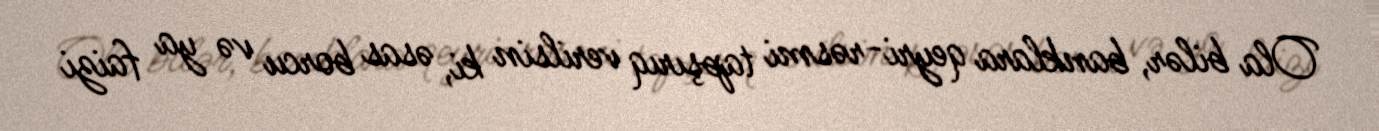
Ola bilər, banklara qeyri-rəsmi tapşırıq verilsin ki, əsas borcu və ya faizi